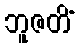
ဘူဇတိံ